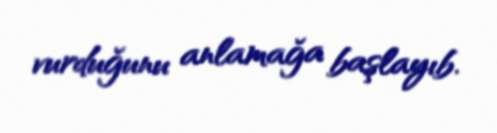
vurduğunu anlamağa başlayıb.